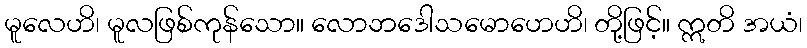
မူလေဟိ၊ မူလဖြစ်ကုန်သော။ လောဘဒေါသမောဟေဟိ၊ တို့ဖြင့်။ ဣတိ အယံ၊